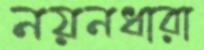
নয়নধারা